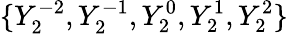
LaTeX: \{ Y_{2}^{-2},Y_{2}^{-1},Y_{2}^{0},Y_{2}^{1},Y_{2}^{2}\}